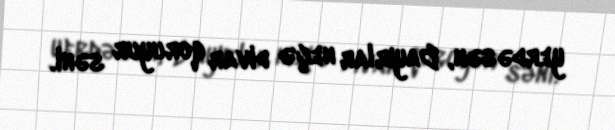
yerdəsən, Bayırlar neçə divar qoruyur səni.